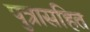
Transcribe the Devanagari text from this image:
पुत्रासहित